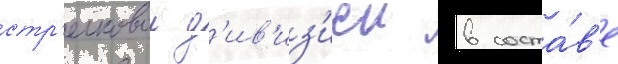
стр'елковои д'ив'из'иеи в соста́в'е